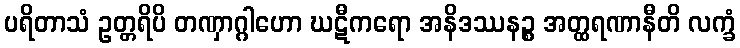
ပရိတာသံ ဥတ္တရိပိ တဏှာဂ္ဂါဟော ဃဋီကရော အနိဒဿနဉ္စ အတ္ထရဏာနီတိ လက္ခံ